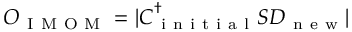
\begin{array} { r } { \boldsymbol { O } _ { \mathrm { ~ I ~ M ~ O ~ M ~ } } = | \boldsymbol { C } _ { \mathrm { ~ i ~ n ~ i ~ t ~ i ~ a ~ l ~ } } ^ { \dagger } \boldsymbol { S } \boldsymbol { D } _ { \mathrm { ~ n ~ e ~ w ~ } } | } \end{array}